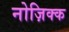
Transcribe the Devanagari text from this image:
नोज़िक्क